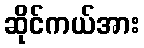
ဆိုင်ကယ်အား